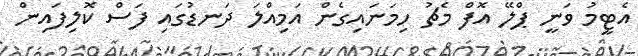
އެޓީމު ވަނީ ޕްލޭ އޮފް މެޗު ހިމަނައިގެން އަމިއްލަ ދަނޑުގައި ފަސް ކޮލިފައިން